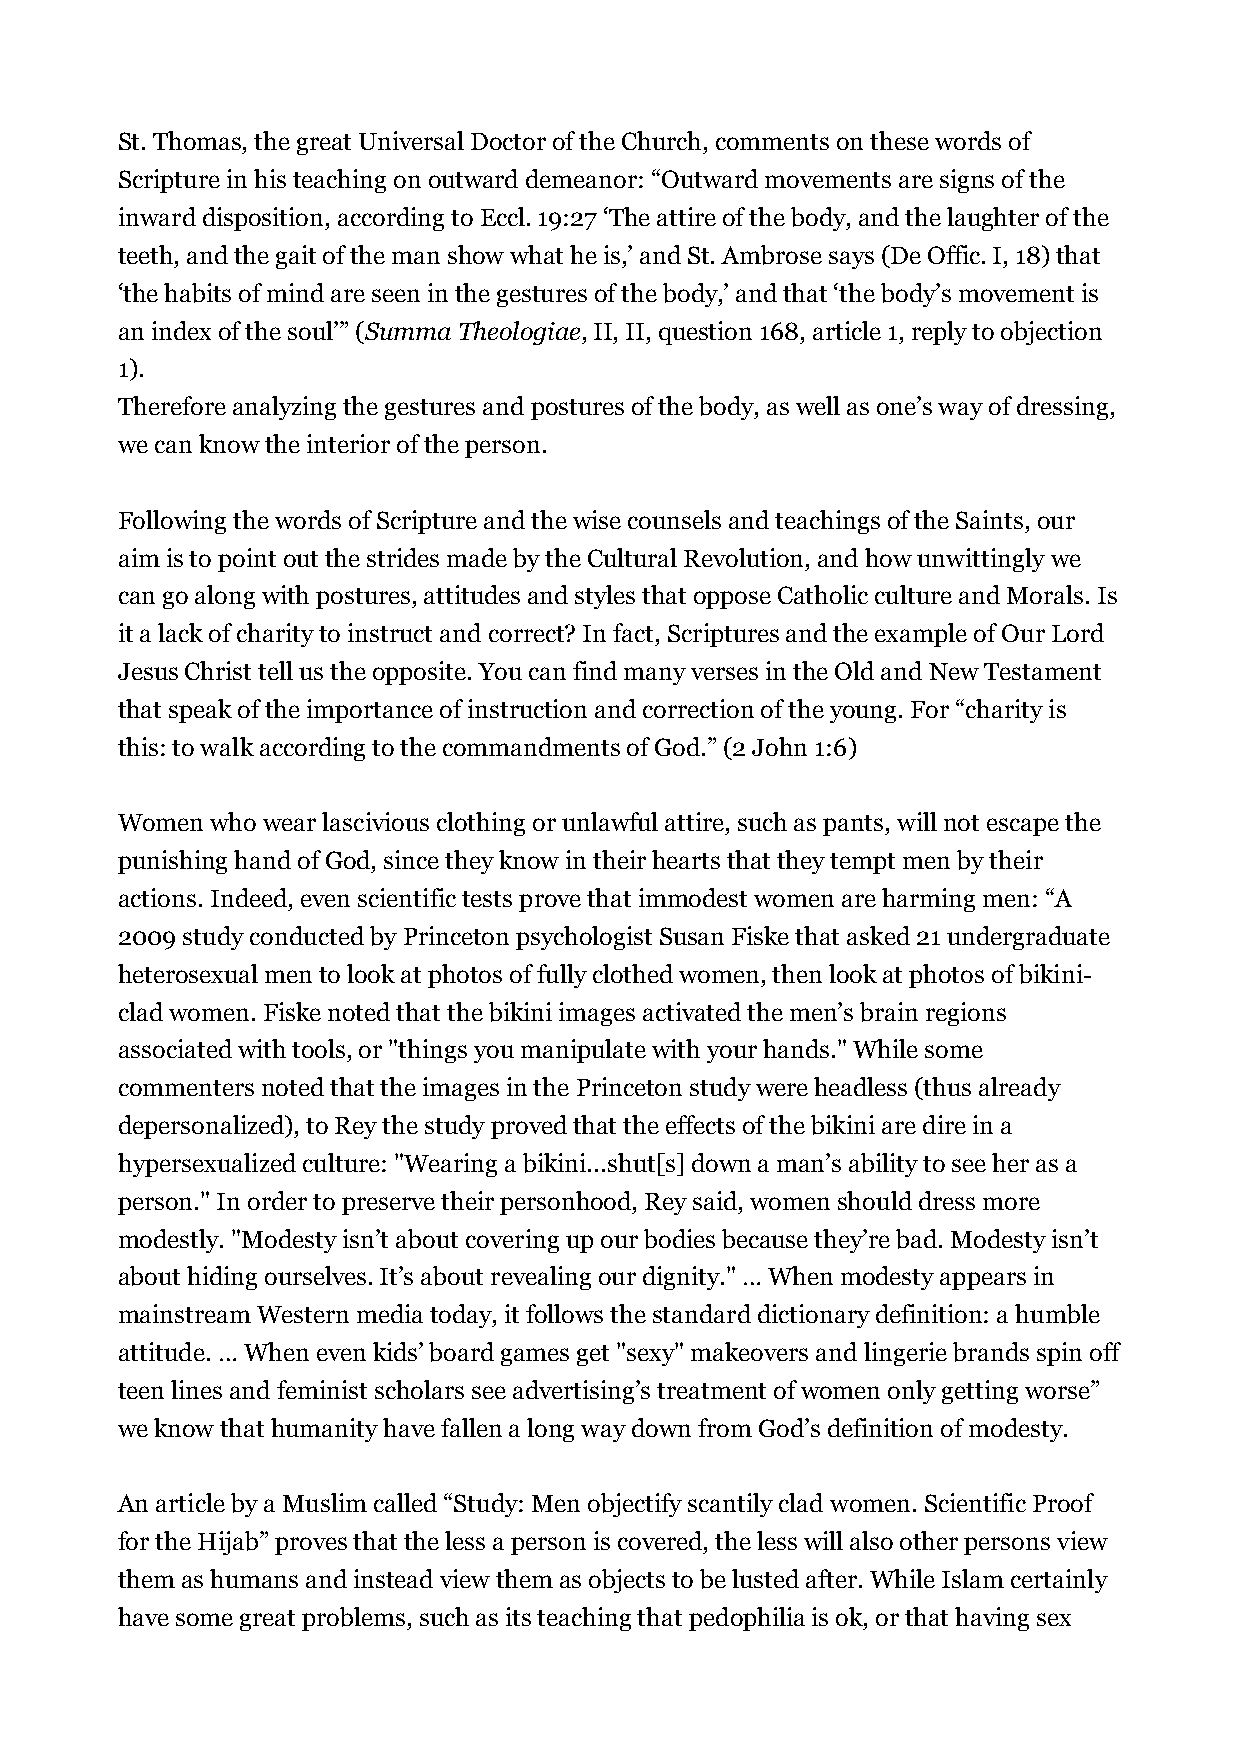
St. Thomas, the great Universal Doctor of the Church, comments on these words of
 Scripture in his teaching on outward demeanor: “Outward movements are signs of the
 inward disposition, according to Eccl. 19:27 ‘The attire of the body, and the laughter of the
 teeth, and the gait of the man show what he is,’ and St. Ambrose says (De Offic. I, 18) that
 ‘the habits of mind are seen in the gestures of the body,’ and that ‘the body’s movement is
 an index of the soul’” (Summa Theologiae, II, II, question 168, article 1, reply to objection
 1).
 Therefore analyzing the gestures and postures of the body, as well as one’s way of dressing,
 we can know the interior of the person.
 Following the words of Scripture and the wise counsels and teachings of the Saints, our
 aim is to point out the strides made by the Cultural Revolution, and how unwittingly we
 can go along with postures, attitudes and styles that oppose Catholic culture and Morals. Is
 it a lack of charity to instruct and correct? In fact, Scriptures and the example of Our Lord
 Jesus Christ tell us the opposite. You can find many verses in the Old and New Testament
 that speak of the importance of instruction and correction of the young. For “charity is
 this: to walk according to the commandments of God.” (2 John 1:6)
 Women who wear lascivious clothing or unlawful attire, such as pants, will not escape the
 punishing hand of God, since they know in their hearts that they tempt men by their
 actions. Indeed, even scientific tests prove that immodest women are harming men: “A
 2009 study conducted by Princeton psychologist Susan Fiske that asked 21 undergraduate
 heterosexual men to look at photos of fully clothed women, then look at photos of bikini-
 clad women. Fiske noted that the bikini images activated the men’s brain regions
 associated with tools, or "things you manipulate with your hands." While some
 commenters noted that the images in the Princeton study were headless (thus already
 depersonalized), to Rey the study proved that the effects of the bikini are dire in a
 hypersexualized culture: "Wearing a bikini...shut[s] down a man’s ability to see her as a
 person." In order to preserve their personhood, Rey said, women should dress more
 modestly. "Modesty isn’t about covering up our bodies because they’re bad. Modesty isn’t
 about hiding ourselves. It’s about revealing our dignity." … When modesty appears in
 mainstream Western media today, it follows the standard dictionary definition: a humble
 attitude. … When even kids’ board games get "sexy" makeovers and lingerie brands spin off
 teen lines and feminist scholars see advertising’s treatment of women only getting worse”
 we know that humanity have fallen a long way down from God’s definition of modesty.
 An article by a Muslim called “Study: Men objectify scantily clad women. Scientific Proof
 for the Hijab” proves that the less a person is covered, the less will also other persons view
 them as humans and instead view them as objects to be lusted after. While Islam certainly
 have some great problems, such as its teaching that pedophilia is ok, or that having sex